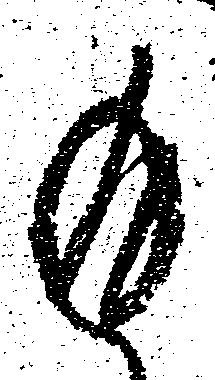
返